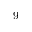
9 -